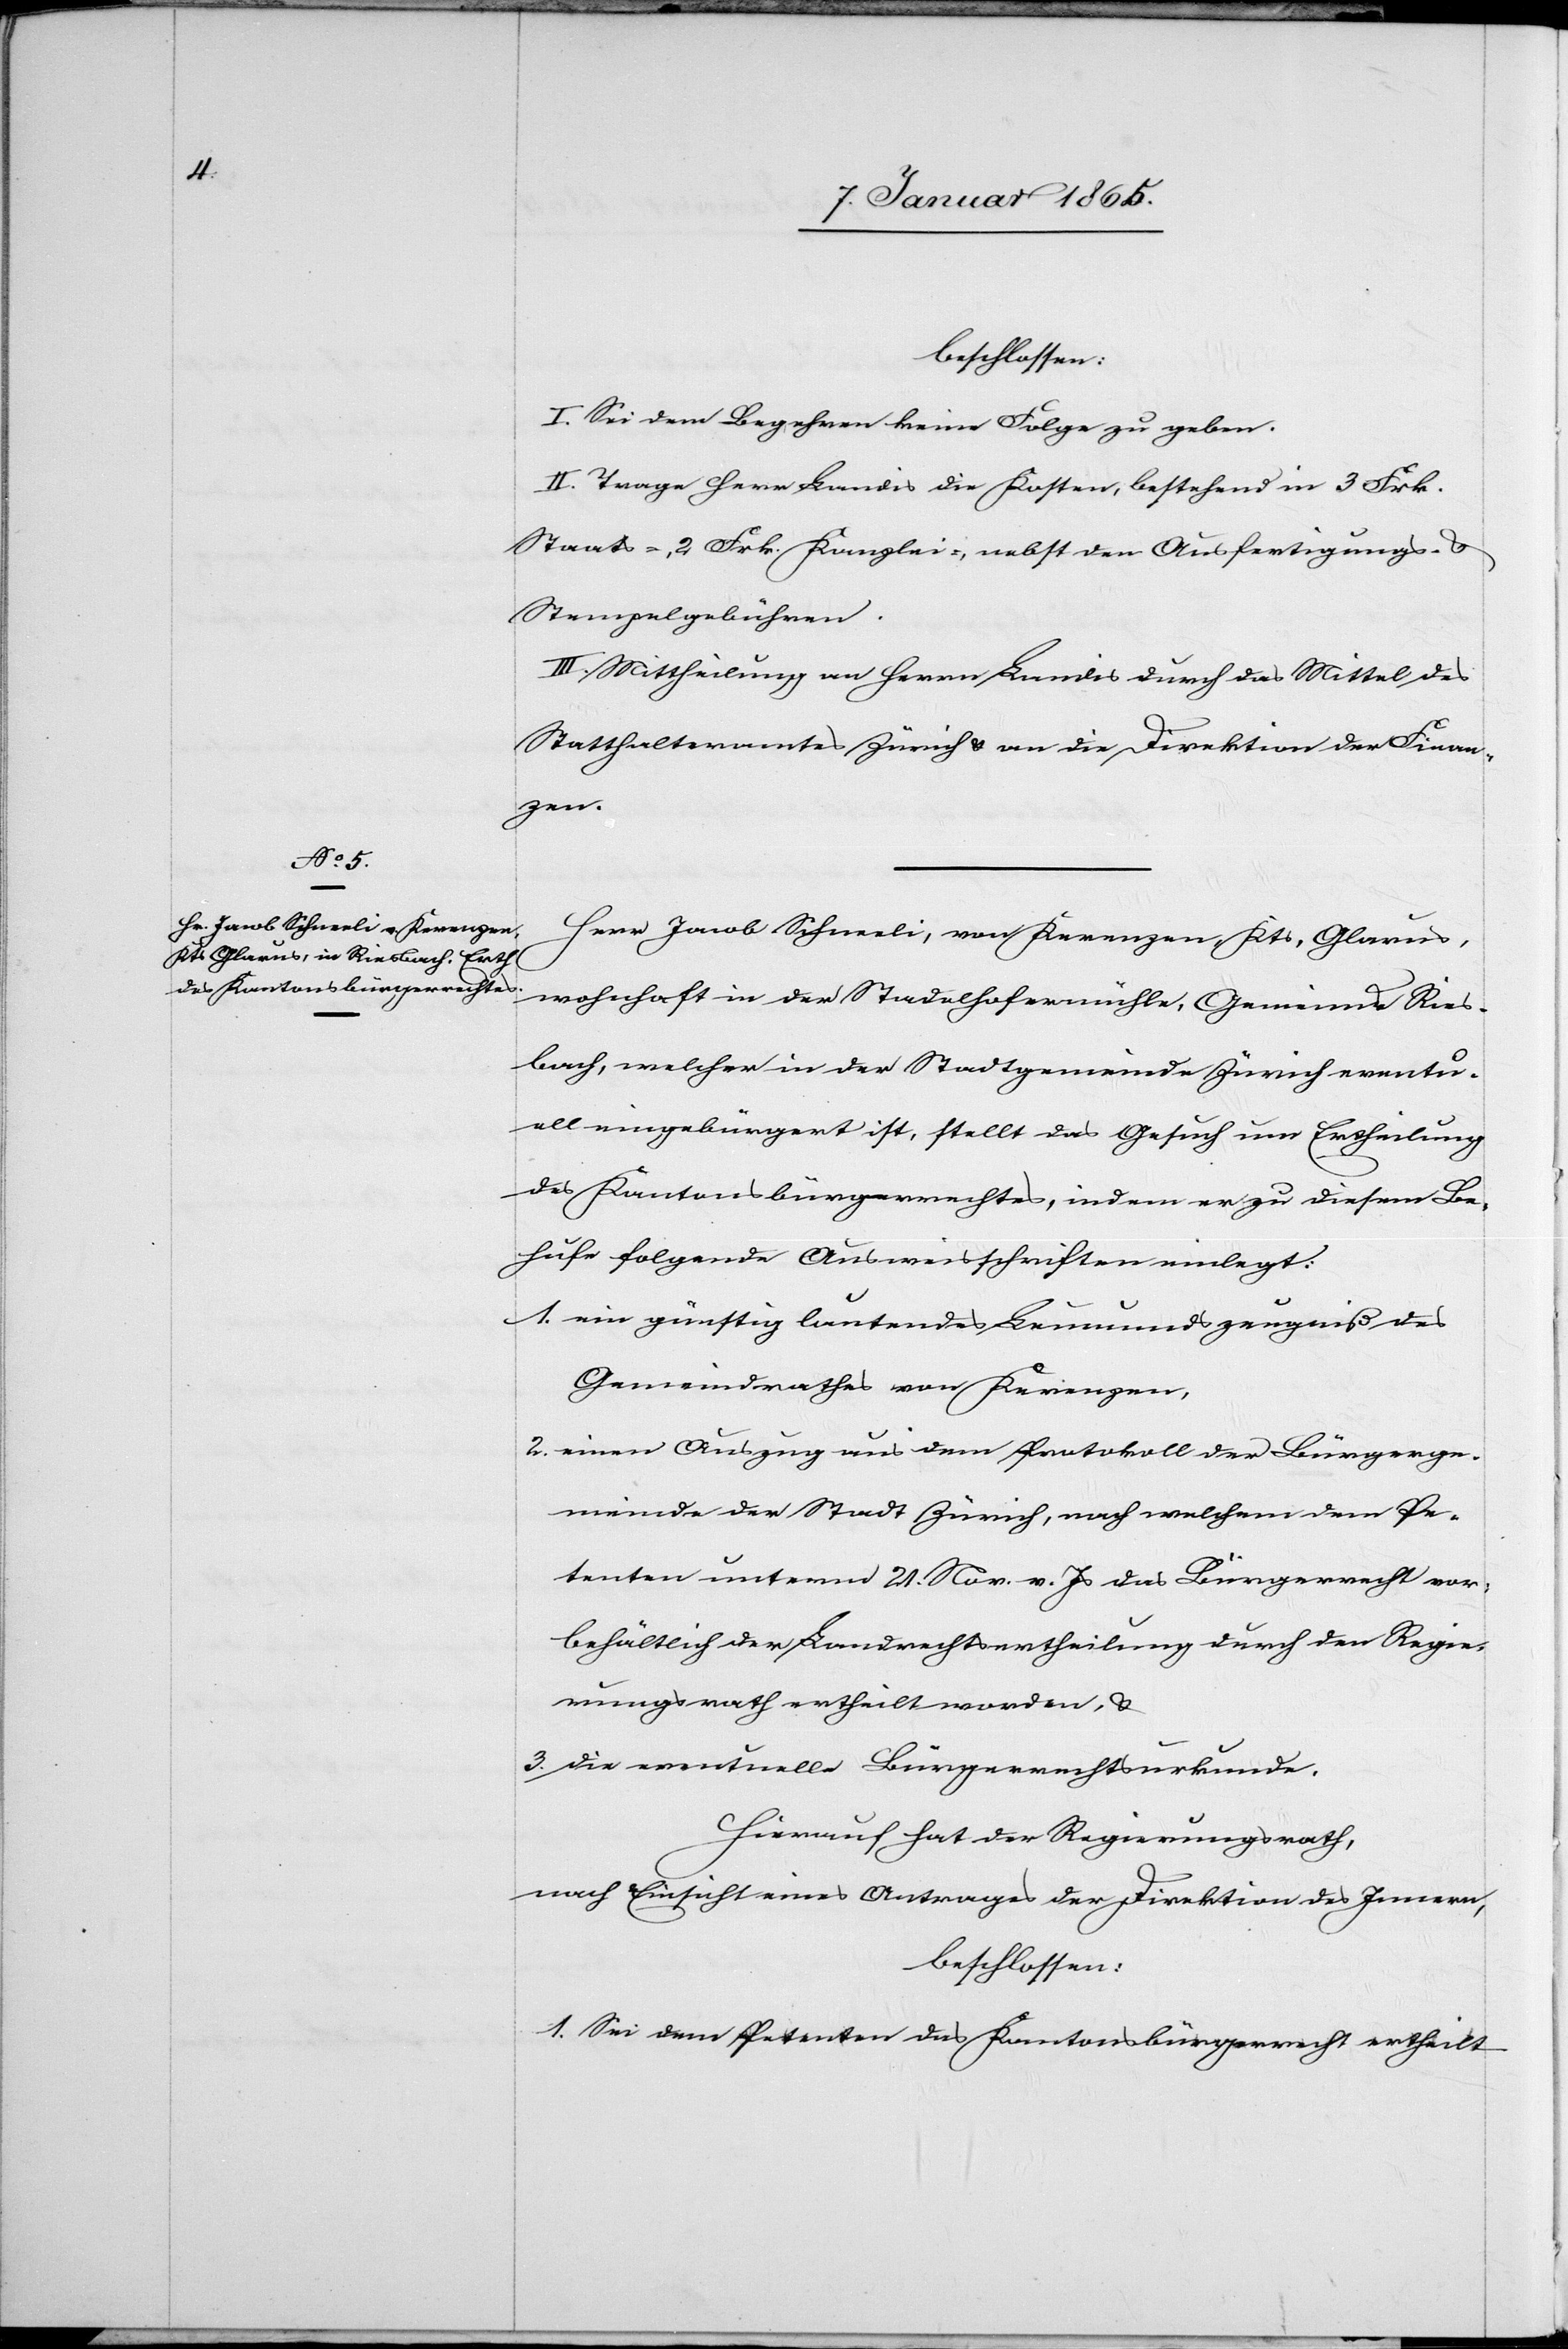
beschlossen:
I. Sei dem Begehren keine Folge zu geben.
II. Trage Herr Landis die Kosten, bestehend in 3 Frk.
Staats-, 2 Frk. Kanzlei-, nebst den Ausfertigungs- u.
Stempelgebühren.
III. Mittheilung an Herrn Landis durch das Mittel des
Statthalteramtes Zürich u. an die Direktion der Finan¬
zen.
Herr Jacob Schneeli, von Kerenzen, Kts. Glarus,
wohnhaft in der Stadelhofermühle, Gemeinde Ries¬
bach, welcher in der Stadtgemeinde Zürich eventu¬
ell eingebürgert ist, stellt das Gesuch um Ertheilung
des Kantonsbürgerrechts, indem er zu diesem Be¬
hufe folgende Ausweisschriften einlegt:
1. ein günstig lautendes Leumundszeugniß des
Gemeindrathes von Kerenzen,
2. einen Auszug aus dem Protokoll der Bürgerge¬
meinde der Stadt Zürich, nach welchem dem Pe¬
tenten unterm 21. Nov. v. Js das Bürgerrecht vor¬
behältlich der Landrechtsertheilung durch den Regie¬
rungsrath ertheilt worden, u.
3. Die eventuelle Bürgerrechtsurkunde.
Hierauf hat der Regierungsrath,
nach Einsicht eines Antrages der Direktion des Innern,
beschlossen:
1. Sei dem Petenten das Kantonsbürgerrecht ertheilt